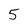
Character: 5